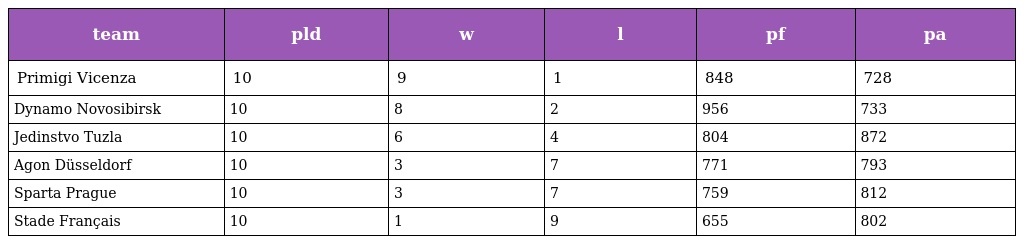
| team | pld | w | l | pf | pa |
 | --- | --- | --- | --- | --- | --- |
 | Primigi Vicenza | 10 | 9 | 1 | 848 | 728 |
 | Dynamo Novosibirsk | 10 | 8 | 2 | 956 | 733 |
 | Jedinstvo Tuzla | 10 | 6 | 4 | 804 | 872 |
 | Agon Düsseldorf | 10 | 3 | 7 | 771 | 793 |
 | Sparta Prague | 10 | 3 | 7 | 759 | 812 |
 | Stade Français | 10 | 1 | 9 | 655 | 802 |